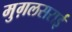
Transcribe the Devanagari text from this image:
मुग़लसराई